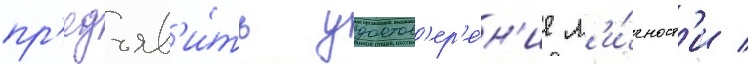
пр'едъяв'и́ть удостов'ер'е́н'ие л'и́чност'и /